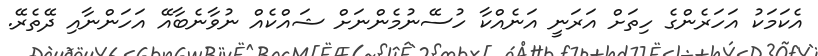
އެކަމަކު އަހަރެންގެ ހިތަށް އަަރަނީ އަނެއްކާ ހުސޭނުމެންނަށް ޝައްކެއް ނުވާނެބާއޭ އަހަންނާއި ދޭތެރޭ.